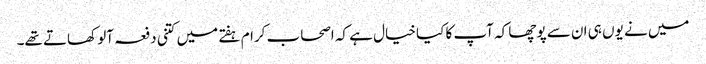
میں نے یوں ہی ان سے پوچھا کہ آپ کا کیا خیال ہے کہ اصحاب کرام ہفتے میں کتنی دفعہ آلو کھاتے تھے۔